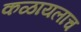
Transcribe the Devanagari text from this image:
कळायलाच